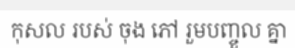
កុសល របស់ ចុង ភៅ រួមបញ្ចួល គ្នា